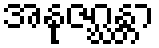
အနုဇဂ္ဃန္တာ